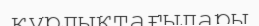
құрлықтағылары